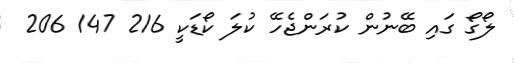
ލޯގޯ ގައި ބޭނުން ކުރަންޖެހޭ ކުލަ ކޯޑަކީ 216 147 206